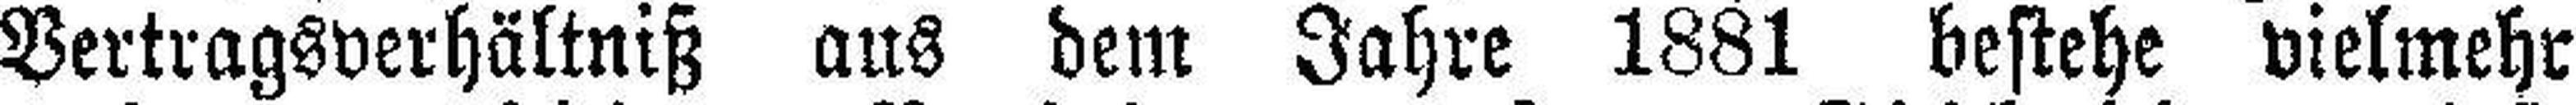
Vertragsverhältniß aus dem Jahre 1881 bestehe vielmehr